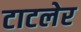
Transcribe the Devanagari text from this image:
टाटलेर